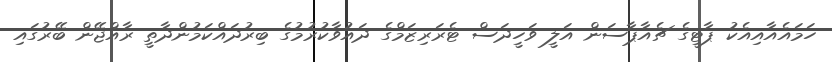
ހަމައެއާއިއެކު ޕާޓީގެ ޗެއާޕާސަން އަލީ ވަހީދަސް ޓެރަރިޒަމްގެ ދައުވާކުރުމުގެ ބިރުދައްކަމުންދާތީ ރާއްޖޭން ބޭރުގައި